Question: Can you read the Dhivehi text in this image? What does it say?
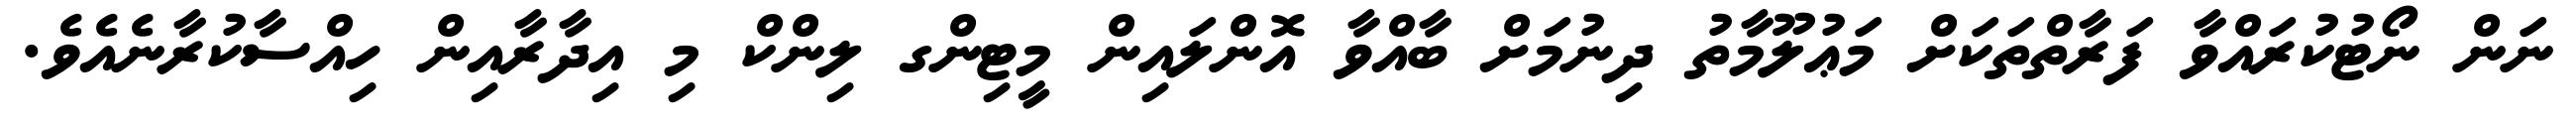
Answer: ނަން ނޯޓުކުރައްވާ ފަރާތްތަކަށް މަޢުލޫމާތު ދިނުމަށް ބާއްވާ އޮންލައިން މީޓިންގ ލިންކް މި އިދާރާއިން ހިއްސާކުރާނެއެވެ.